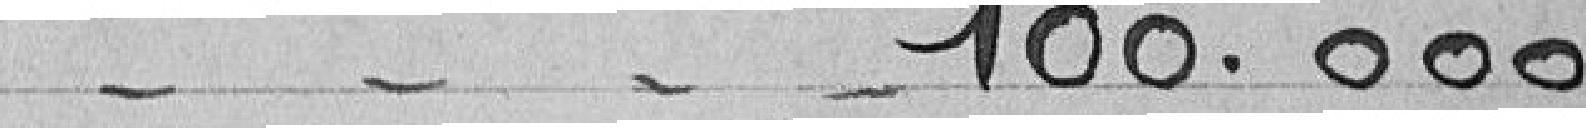
100.000